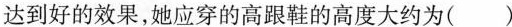
达到好的效果，她应穿的高跟鞋的高度大约为( )